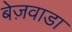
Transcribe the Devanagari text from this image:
बेज़वाडा